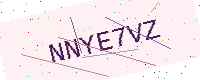
Text: NNYE7VZ